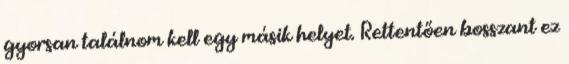
gyorsan találnom kell egy másik helyet. Rettentően bosszant ez